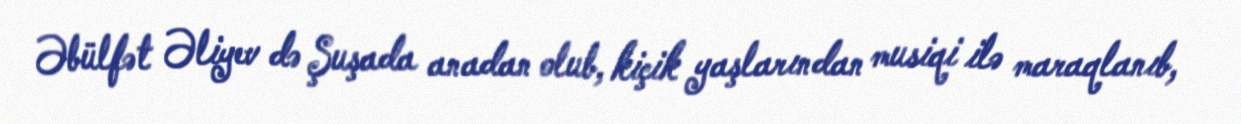
Əbülfət Əliyev də Şuşada anadan olub, kiçik yaşlarından musiqi ilə maraqlanıb,